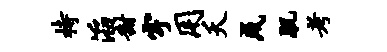
持滔甜宇用夭戌肌考